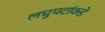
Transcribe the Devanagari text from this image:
लघुपटांकडे